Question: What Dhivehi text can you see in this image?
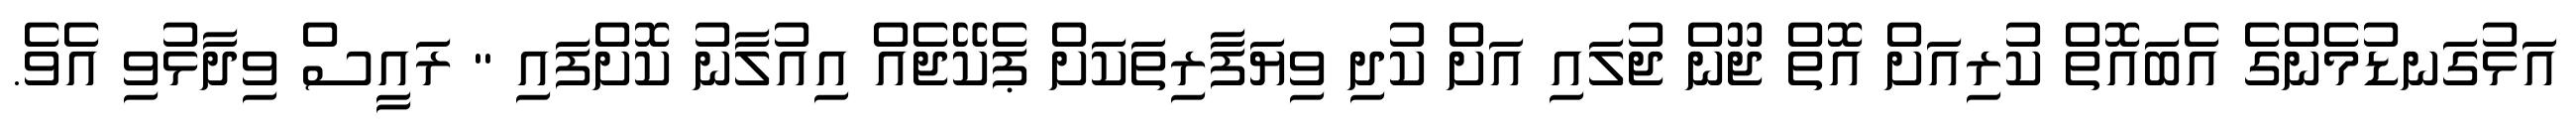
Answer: އަޅުގަނޑުމެންގެ އެބައޮތް ކުރިއަށް އޮތް ޖޫން ޖުލައި އަށް ކުދި ވިޔަފާރިތަކަށް ޕެކޭޖެއް އިއުލާނު ކޮށްފައި " ރައީސް ވިދާޅުވި އެވެ.